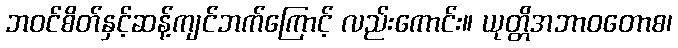
ဘဝင်စိတ်နှင့်ဆန့်ကျင်ဘက်ကြောင့် လည်းကောင်း။ ယုတ္တိအဘာဝတောစ၊